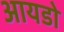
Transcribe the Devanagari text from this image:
आयडो